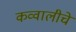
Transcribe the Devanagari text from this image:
कव्वालीचे